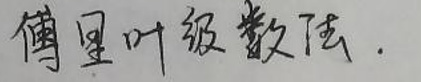
傅里叶级数法